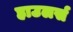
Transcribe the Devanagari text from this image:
हाउलर्स